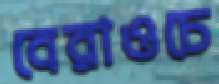
বেরাওচে